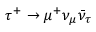
\tau ^ { + } \to \mu ^ { + } \nu _ { \mu } \bar { \nu } _ { \tau }